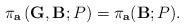
LaTeX: \begin{align*}\pi_{\mathbf{a}}\left( \mathbf{G,B};P\right) = \pi_{\mathbf{a}}(\mathbf{B};P).\end{align*}